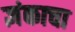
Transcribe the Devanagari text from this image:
ज्ञंकाचा